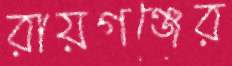
রায়গঞ্জের